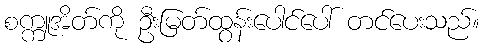
စက္ကူအိတ်ကို ဦးမြတ်ထွန်းပေါင်ပေါ် တင်ပေးသည်။